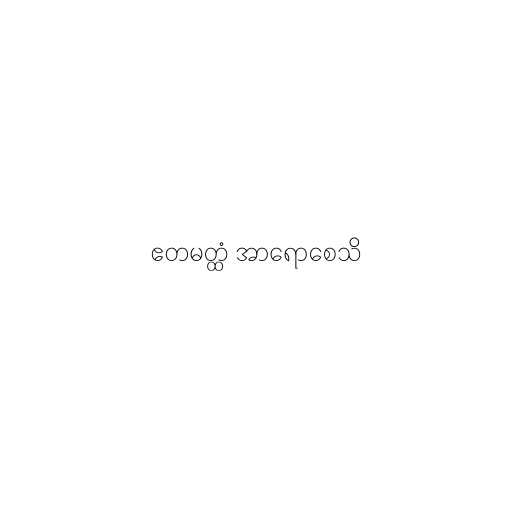
ဧတမတ္ထံ အာရောစေသိ